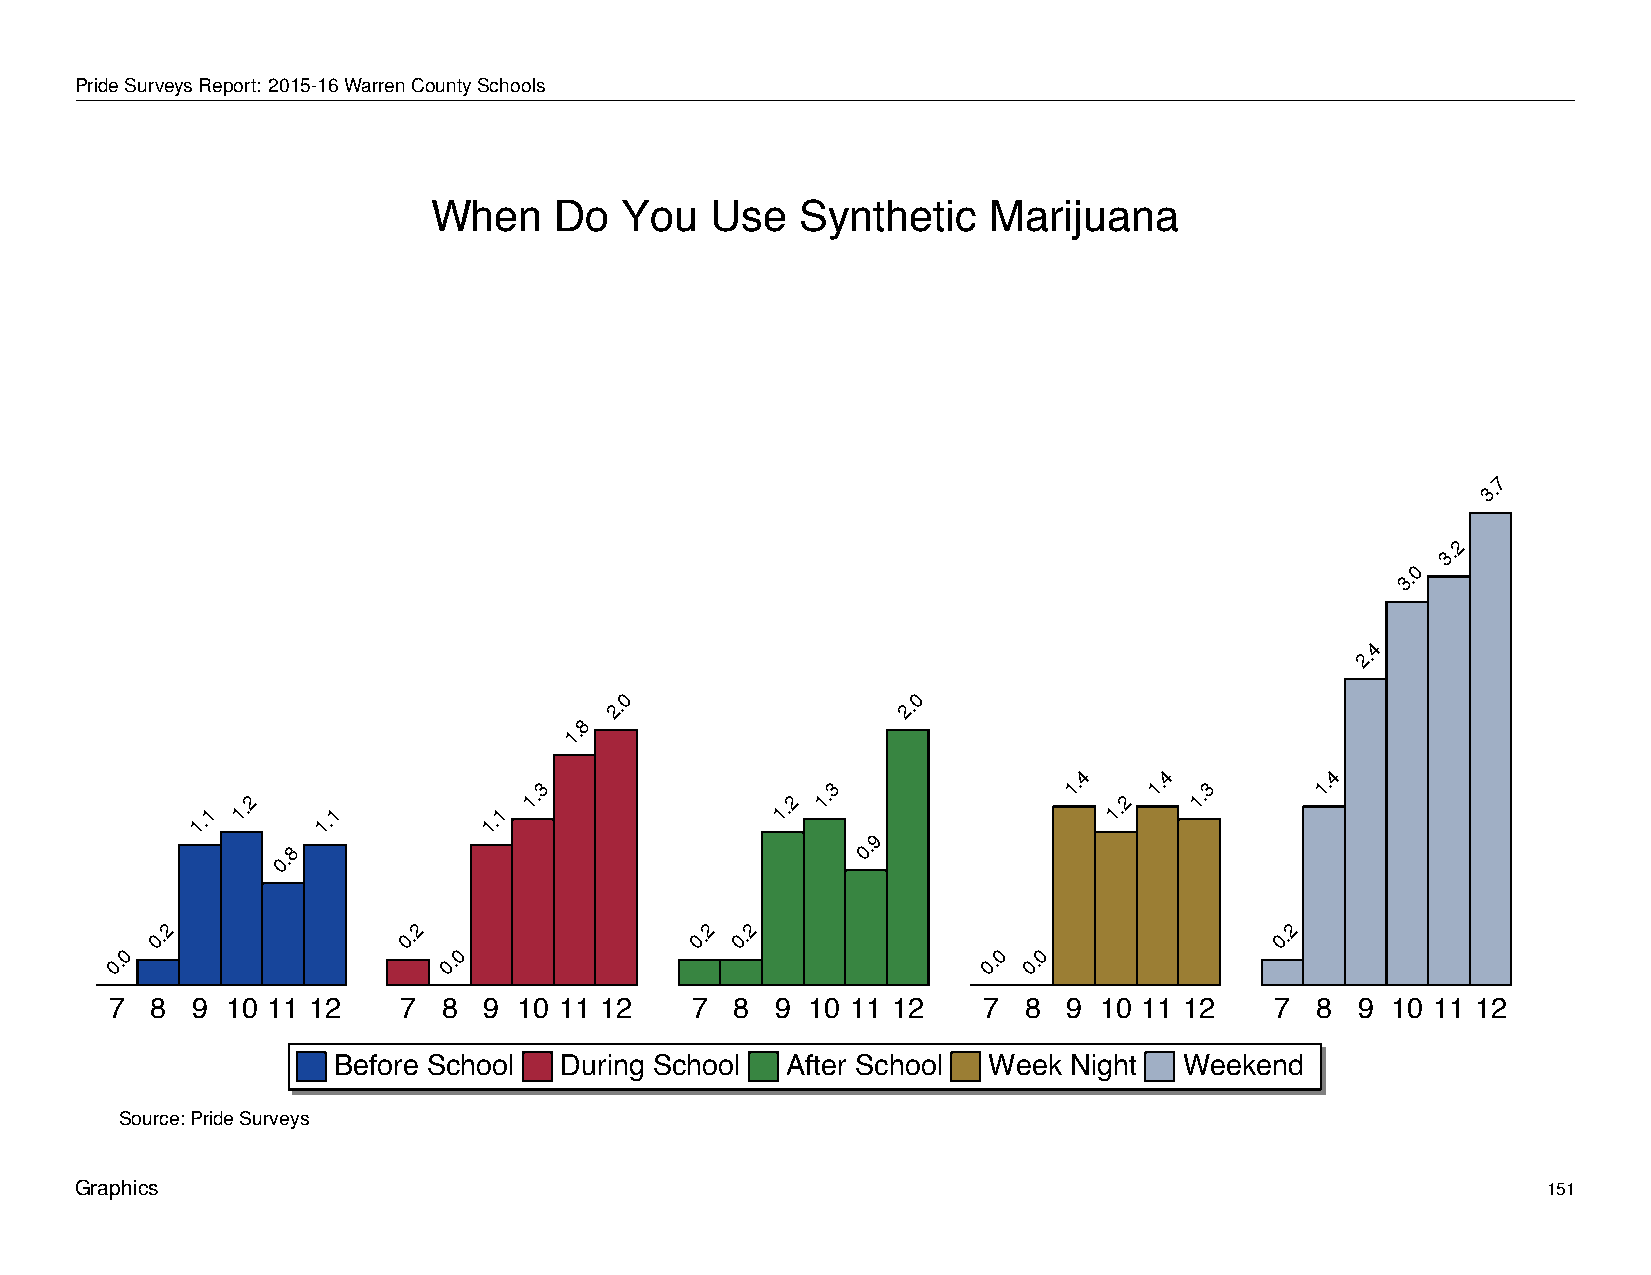
When         Do     You       Use      Synthetic           Marijuana
 PrideSurveysReport: 2015-16WarrenCountySchools
 When     Do  You   Use   Synthetic   Marijuana
 7
 3.
 2
 3.
 0
 3.
 4
 2.
 0                  0
 2.                  2.
 8
 1.
 4     4          4
 1.1
 1.2
 1.1        1.1
 1.3
 1.2
 1.3              1.
 1.2
 1. 1.3     1.
 9
 0.8                                    0.
 2               2                   2 2                                   2
 0.               0.                 0. 0.                                 0.
 0                     0                                   0  0
 0.                    0.                                  0. 0.
 7  8  9 10 11 12   7  8  9 10 11 12    7  8 9 10 11 12    7  8  9 10 11 12   7  8  9 10 11 12
 Before School  During School  After School Week  Night  Weekend
 Source: Pride Surveys
 Graphics                                                                                         151